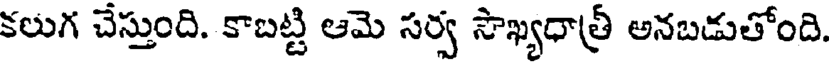
కలుగ చేస్తుంది. కాబట్టి ఆమె సర్వ సౌఖ్యధాత్రీ అనబడుతోంది.